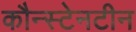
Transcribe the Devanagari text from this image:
कौन्स्टेनटीन